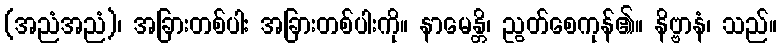
(အညံအညံ)၊ အခြားတစ်ပါး အခြားတစ်ပါးကို။ နာမေန္တိ၊ ညွတ်စေကုန်၏။ နိဗ္ဗာနံ၊ သည်။